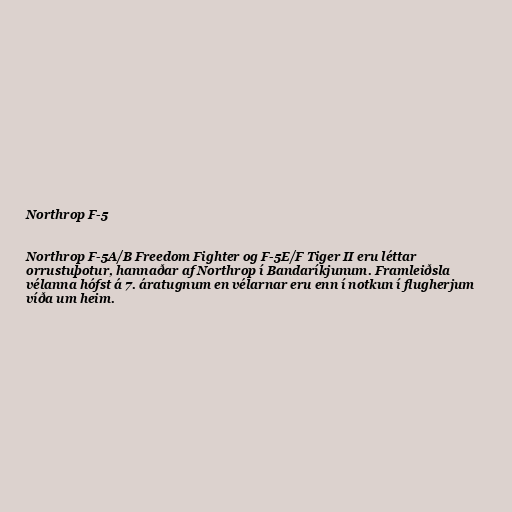
Northrop F-5

Northrop F-5A/B Freedom Fighter og F-5E/F Tiger II eru léttar
orrustuþotur, hannaðar af Northrop í Bandaríkjunum. Framleiðsla
vélanna hófst á 7. áratugnum en vélarnar eru enn í notkun í flugherjum
víða um heim.